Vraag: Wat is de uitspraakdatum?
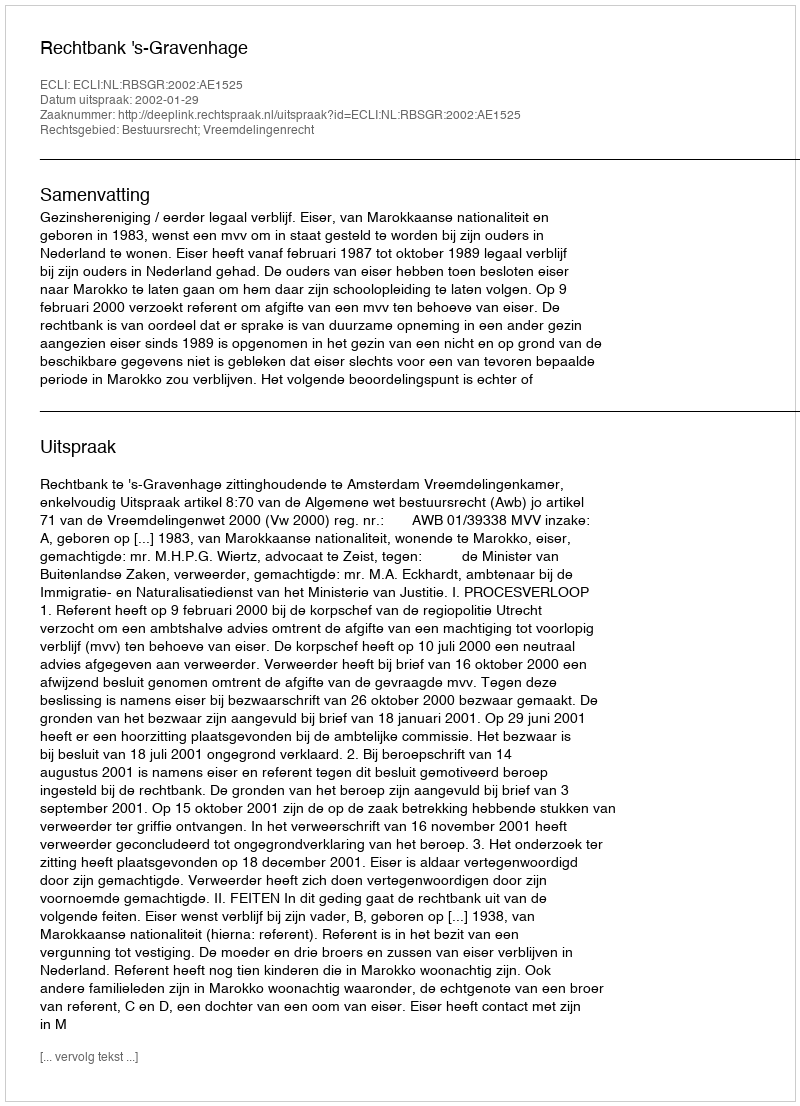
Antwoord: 2002-01-29